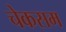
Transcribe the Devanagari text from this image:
चेकसम